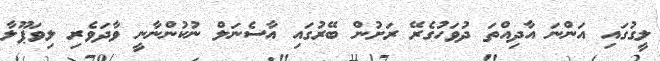
ލީގުގައި އަންނަ އާދިއްތަ ދުވަހުގެރޭ ރަށުން ބޭރުގައި އާސެނަލް ނުކުންނާނީ ވާދަވެރި ލިވަޕޫލާ